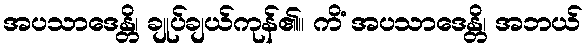
အပသာဒေန္တိ၊ ချုပ်ချယ်ကုန်၏။ ကိံ အပသာဒေန္တိ၊ အဘယ်